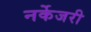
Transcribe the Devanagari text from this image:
नर्केजरी